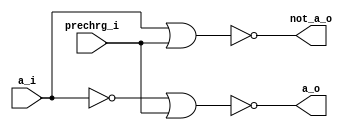
module precharge_input (
	a_i      , // first input
	prechrg_i    , // precharge evaluate signal input
 	a_o,       // and output
	not_a_o
);

input a_i;
input prechrg_i;
output a_o;
output not_a_o;
wire an;

nor nor1(not_a_o,a_i,prechrg_i);
nor nor2(a_o,an,prechrg_i);
not not2(an,a_i);
endmodule